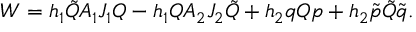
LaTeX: W = h _ { 1 } \tilde { \cal Q } A _ { 1 } J _ { 1 } { \cal Q } - h _ { 1 } { \cal Q } A _ { 2 } J _ { 2 } \tilde { \cal Q } + h _ { 2 } q { \cal Q } p + h _ { 2 } \tilde { p } \tilde { \cal Q } \tilde { q } .